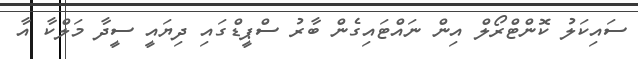
ސައިކަލު ކޮންޓްރޯލް އިން ނައްޓައިގެން ބާރު ސްޕީޑްގައި ދިޔައީ ސީދާ މަލްކާ އާ